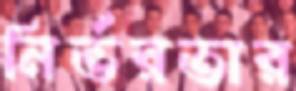
নির্ভরতার